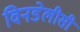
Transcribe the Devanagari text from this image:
विनडेलीसी